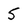
Character: 5